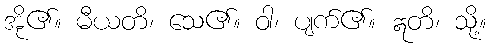
အို၏။ မီယတိ၊ သေ၏။ ဝါ၊ ပျက်၏။ ဣတိ၊ သို့။